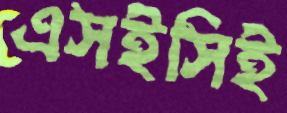
এসইসিই